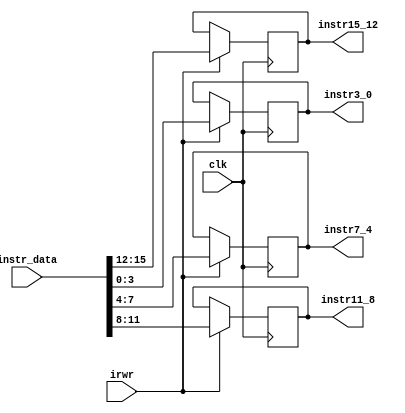
module instr_reg(instr_data,irwr, clk,instr15_12, instr11_8, instr7_4, instr3_0);
input [15:0] instr_data;
input irwr,clk;
output [3:0] instr15_12, instr11_8, instr7_4, instr3_0;
reg [3:0] instr15_12, instr11_8, instr7_4, instr3_0;
always @(posedge clk)
begin
if(irwr)
 begin
   $display(" At  this  posedge Instruction register=memory[pc]=%h",instr_data);
   instr15_12=instr_data[15:12];
   instr11_8=instr_data[11:8];
   instr7_4=instr_data[7:4];
   instr3_0=instr_data[3:0];
 end
end
endmodule